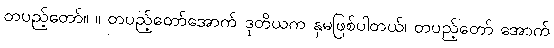
တပည့်တော်။ ။ တပည့်တော်အောက် ဒုတိယက နှမဖြစ်ပါတယ်၊ တပည့်တော် အောက်